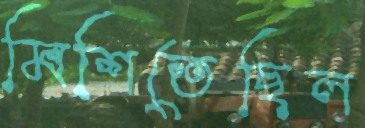
মিশিতেছিল